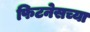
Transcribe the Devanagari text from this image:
फिटनेसच्या